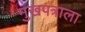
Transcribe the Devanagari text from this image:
मुखपत्राला